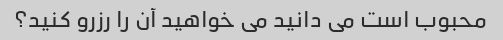
محبوب است می دانید می خواهید آن را رزرو کنید؟